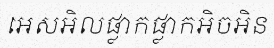
អេសអិលផ្លាកផ្លាកអិចអិន